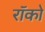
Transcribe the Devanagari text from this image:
रॉको